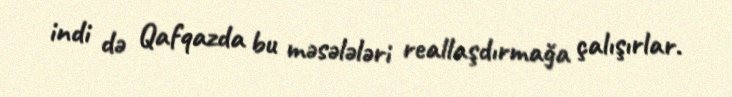
indi də Qafqazda bu məsələləri reallaşdırmağa çalışırlar.